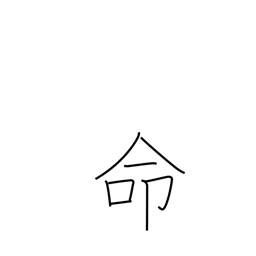
Meaning: appoint